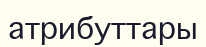
атрибуттары